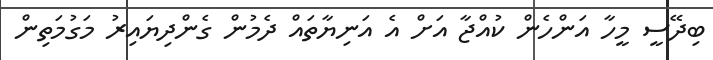
ބިދޭސީ މީހާ އަންހެން ކުއްޖާ އަށް އެ އަނިޔާތައް ދެމުން ގެންދިޔައިރު މަގުމަތިން